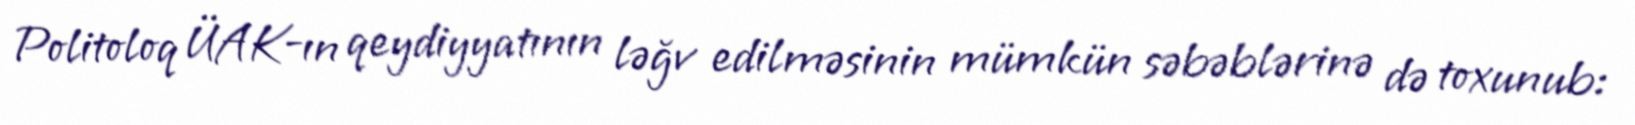
Politoloq ÜAK-ın qeydiyyatının ləğv edilməsinin mümkün səbəblərinə də toxunub: